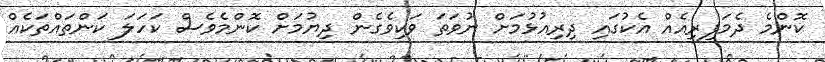
ކޮންމެ ދެމަފިރިއެއް އެކުގައި ދިރިއުޅުމަށް ނުވަތަ ވަކިވެގެން ދިޔުމަށް ކޮންމެވެސް ކަހަލަ ކަންތައްތަކެއް